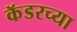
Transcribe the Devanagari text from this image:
कॅडरच्या